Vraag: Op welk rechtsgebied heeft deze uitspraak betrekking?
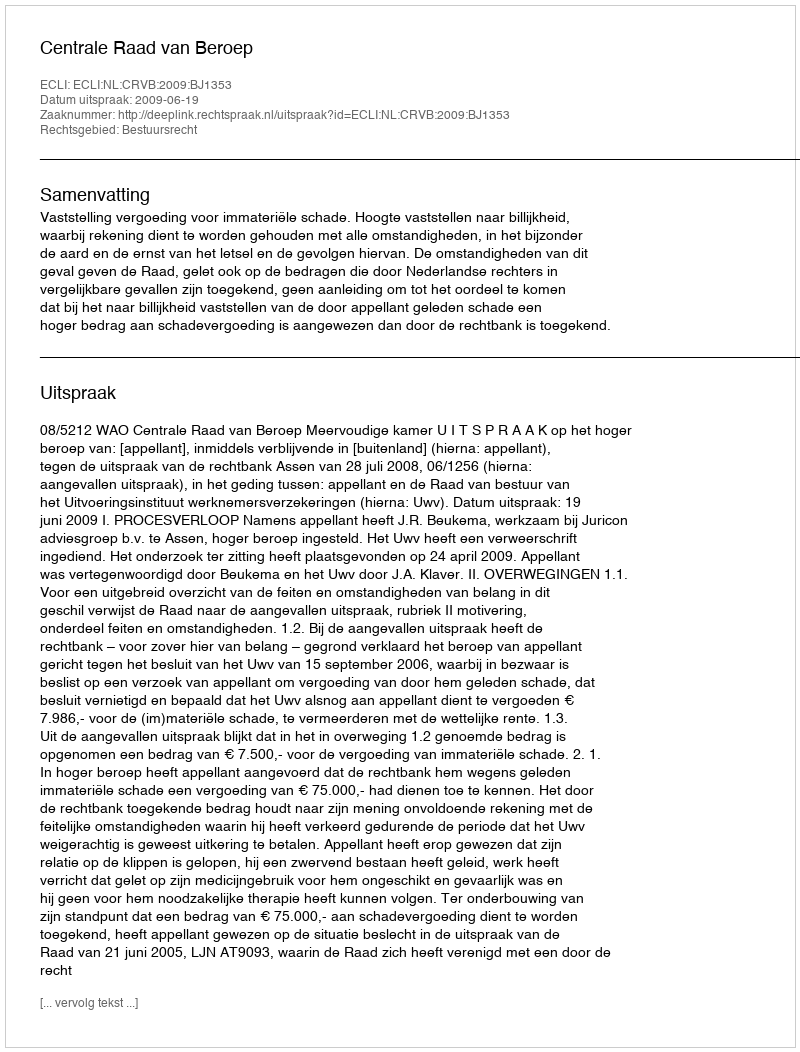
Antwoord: Bestuursrecht